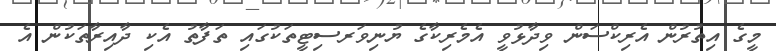
މީގެ އިތުރުން އެރިކްސަން ވިދާޅުވީ އެމެރިކާގެ ޔުނިވަރސިޓީތަކުގައި ތަފާތު އެކި ދާއިރާތަކުން އެ